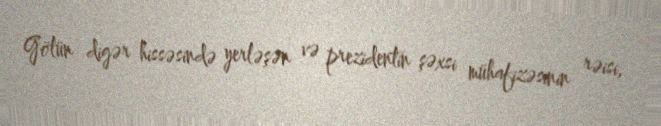
Gölün digər hissəsində yerləşən və prezidentin şəxsi mühafizəsinin rəisi,